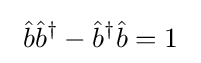
~{\hat {b}}{\hat {b}}^{\dagger }-{\hat {b}}^{\dagger }{\hat {b}}=1~